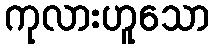
ကုလားဟူသော